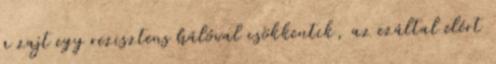
a zajt egy rezisztens hálóval csökkentik, az ezáltal elért